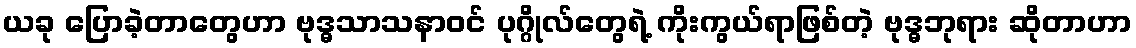
ယခု ပြောခဲ့တာတွေဟာ ဗုဒ္ဓသာသနာဝင် ပုဂ္ဂိုလ်တွေရဲ့ ကိုးကွယ်ရာဖြစ်တဲ့ ဗုဒ္ဓဘုရား ဆိုတာဟာ